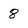
Character: 8